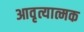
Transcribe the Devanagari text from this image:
आवृत्यात्मक